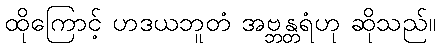
ထိုကြောင့် ဟဒယဘူတံ အဗ္ဘန္တရံဟု ဆိုသည်။